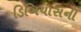
ડિબિયાસની